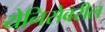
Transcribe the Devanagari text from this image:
येनिसेवरील